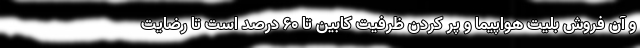
و آن فروش بلیت هواپیما و پر کردن ظرفیت کابین تا ۶۰ درصد است تا رضایت